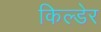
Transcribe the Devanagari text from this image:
किल्डेर